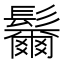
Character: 𩯨